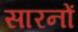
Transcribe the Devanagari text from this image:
सारनों